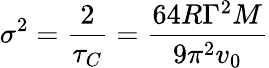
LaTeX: \sigma^{2}={\frac{2}{\tau_{C}}}={\frac{64R\Gamma^{2}M}{9\pi^{2}v_{0}}}